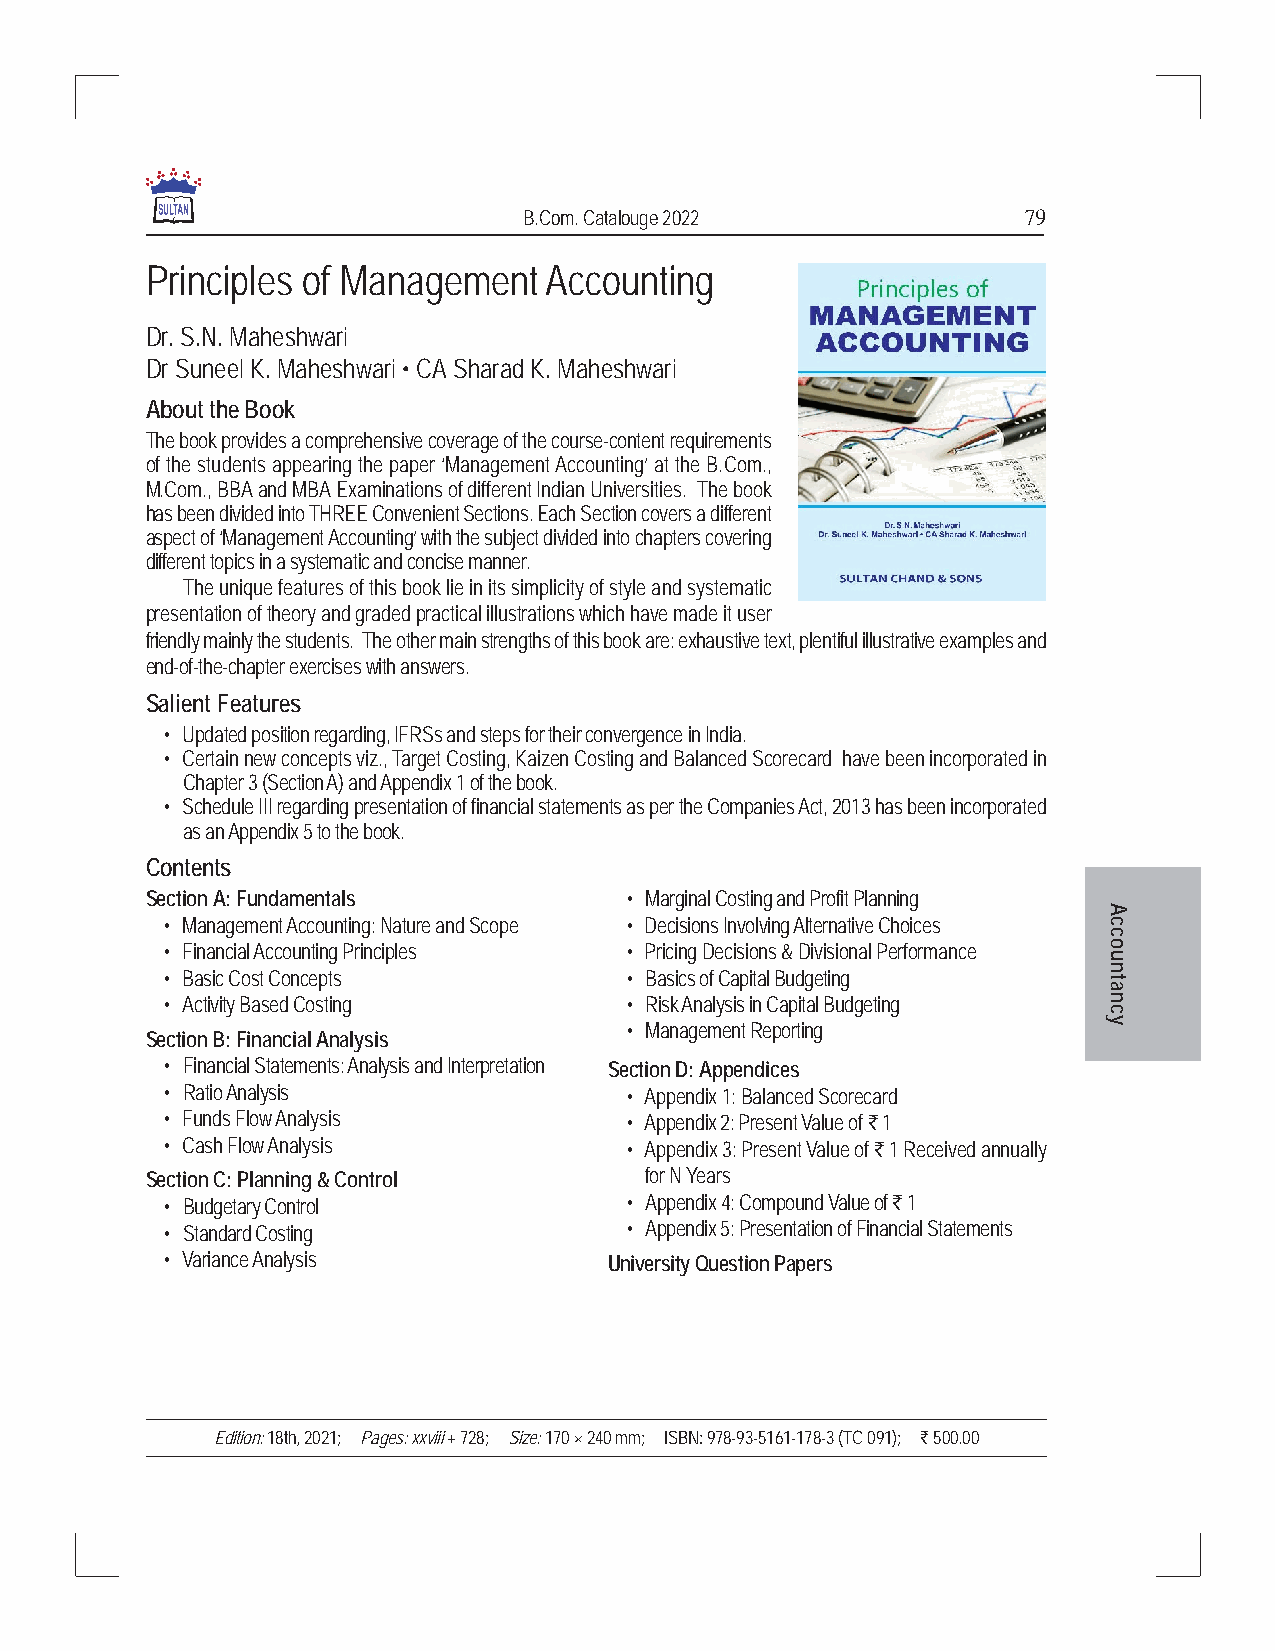
B.Com. Catalouge 2022            79
 Principles of Management  Accounting
 Dr. S.N. Maheshwari
 Dr Suneel K. Maheshwari • CA Sharad K. Maheshwari
 About the Book
 The book provides a comprehensive coverage of the course-content requirements
 of the students appearing the paper ‘Management Accounting’ at the B.Com.,
 M.Com., BBA and MBA Examinations of different Indian Universities. The book
 has been divided into THREE Convenient Sections. Each Section covers a different
 aspect of ‘Management Accounting’ with the subject divided into chapters covering
 different topics in a systematic and concise manner.
 The unique features of this book lie in its simplicity of style and systematic
 presentation of theory and graded practical illustrations which have made it user
 friendly mainly the students. The other main strengths of this book are: exhaustive text, plentiful illustrative examples and
 end-of-the-chapter exercises with answers.
 Salient Features
 • Updated position regarding, IFRSs and steps for their convergence in India.
 • Certain new concepts viz., Target Costing, Kaizen Costing and Balanced Scorecard have been incorporated in
 Chapter 3 (Section A) and Appendix 1 of the book.
 • Schedule III regarding presentation of financial statements as per the Companies Act, 2013 has been incorporated
 as an Appendix 5 to the book.
 Contents
 Section A: Fundamentals        • Marginal Costing and Profit Planning
 A
 • Management Accounting: Nature and Scope • Decisions Involving Alternative Choices c
 c
 • Financial Accounting Principles • Pricing Decisions & Divisional Performance o
 u
 • Basic Cost Concepts         • Basics of Capital Budgeting   tn
 a
 • Activity Based Costing      • Risk Analysis in Capital Budgeting n
 c
 y
 • Management Reporting
 Section B: Financial Analysis
 • Financial Statements: Analysis and Interpretation Section D: Appendices
 • Ratio Analysis              • Appendix 1: Balanced Scorecard
 • Funds Flow Analysis         • Appendix 2: Present Value of ` 1
 • Cash Flow Analysis          • Appendix 3: Present Value of ` 1 Received annually
 Section C: Planning & Control    for N Years
 • Budgetary Control           • Appendix 4: Compound Value of ` 1
 • Standard Costing            • Appendix 5: Presentation of Financial Statements
 • Variance Analysis          University Question Papers
 Edition: 18th, 2021; Pages: xxviii + 728; Size: 170 × 240 mm; ISBN: 978-93-5161-178-3 (TC 091); ` 500.00